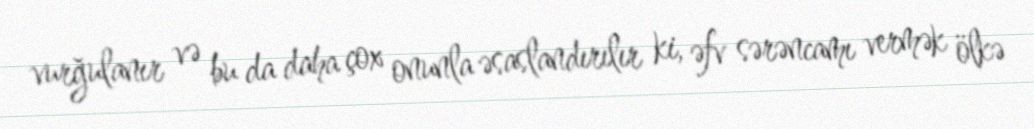
vurğulanır və bu da daha çox onunla əsaslandırılır ki, əfv sərəncamı vermək ölkə